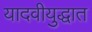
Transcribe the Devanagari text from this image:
यादवीयुद्धात